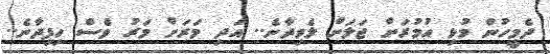
ދެމީހުން މުޅި އުމުރަށް ޖަލަށް ލެވިދާނެ.. އަދި މަރަށް މަރު ވެސް ހިފިދާނެ..